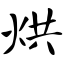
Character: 烘